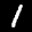
Label: 1